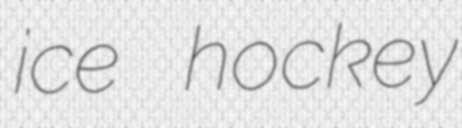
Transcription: ice hockey